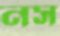
নস